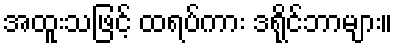
အထူးသဖြင့် ထရပ်ကား ဒရိုင်ဘာများ။